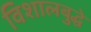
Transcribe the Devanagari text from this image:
विशालबुद्धे